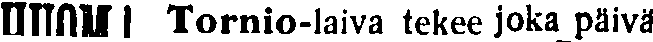
HUOM! Tornio-laiva tekee joka päivä